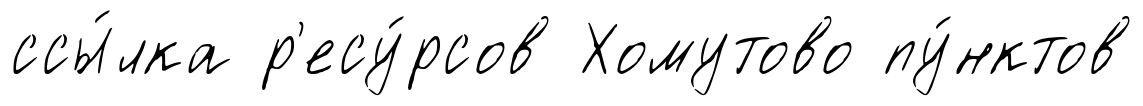
ссы́лка р'есу́рсов Хомутово пу́нктов